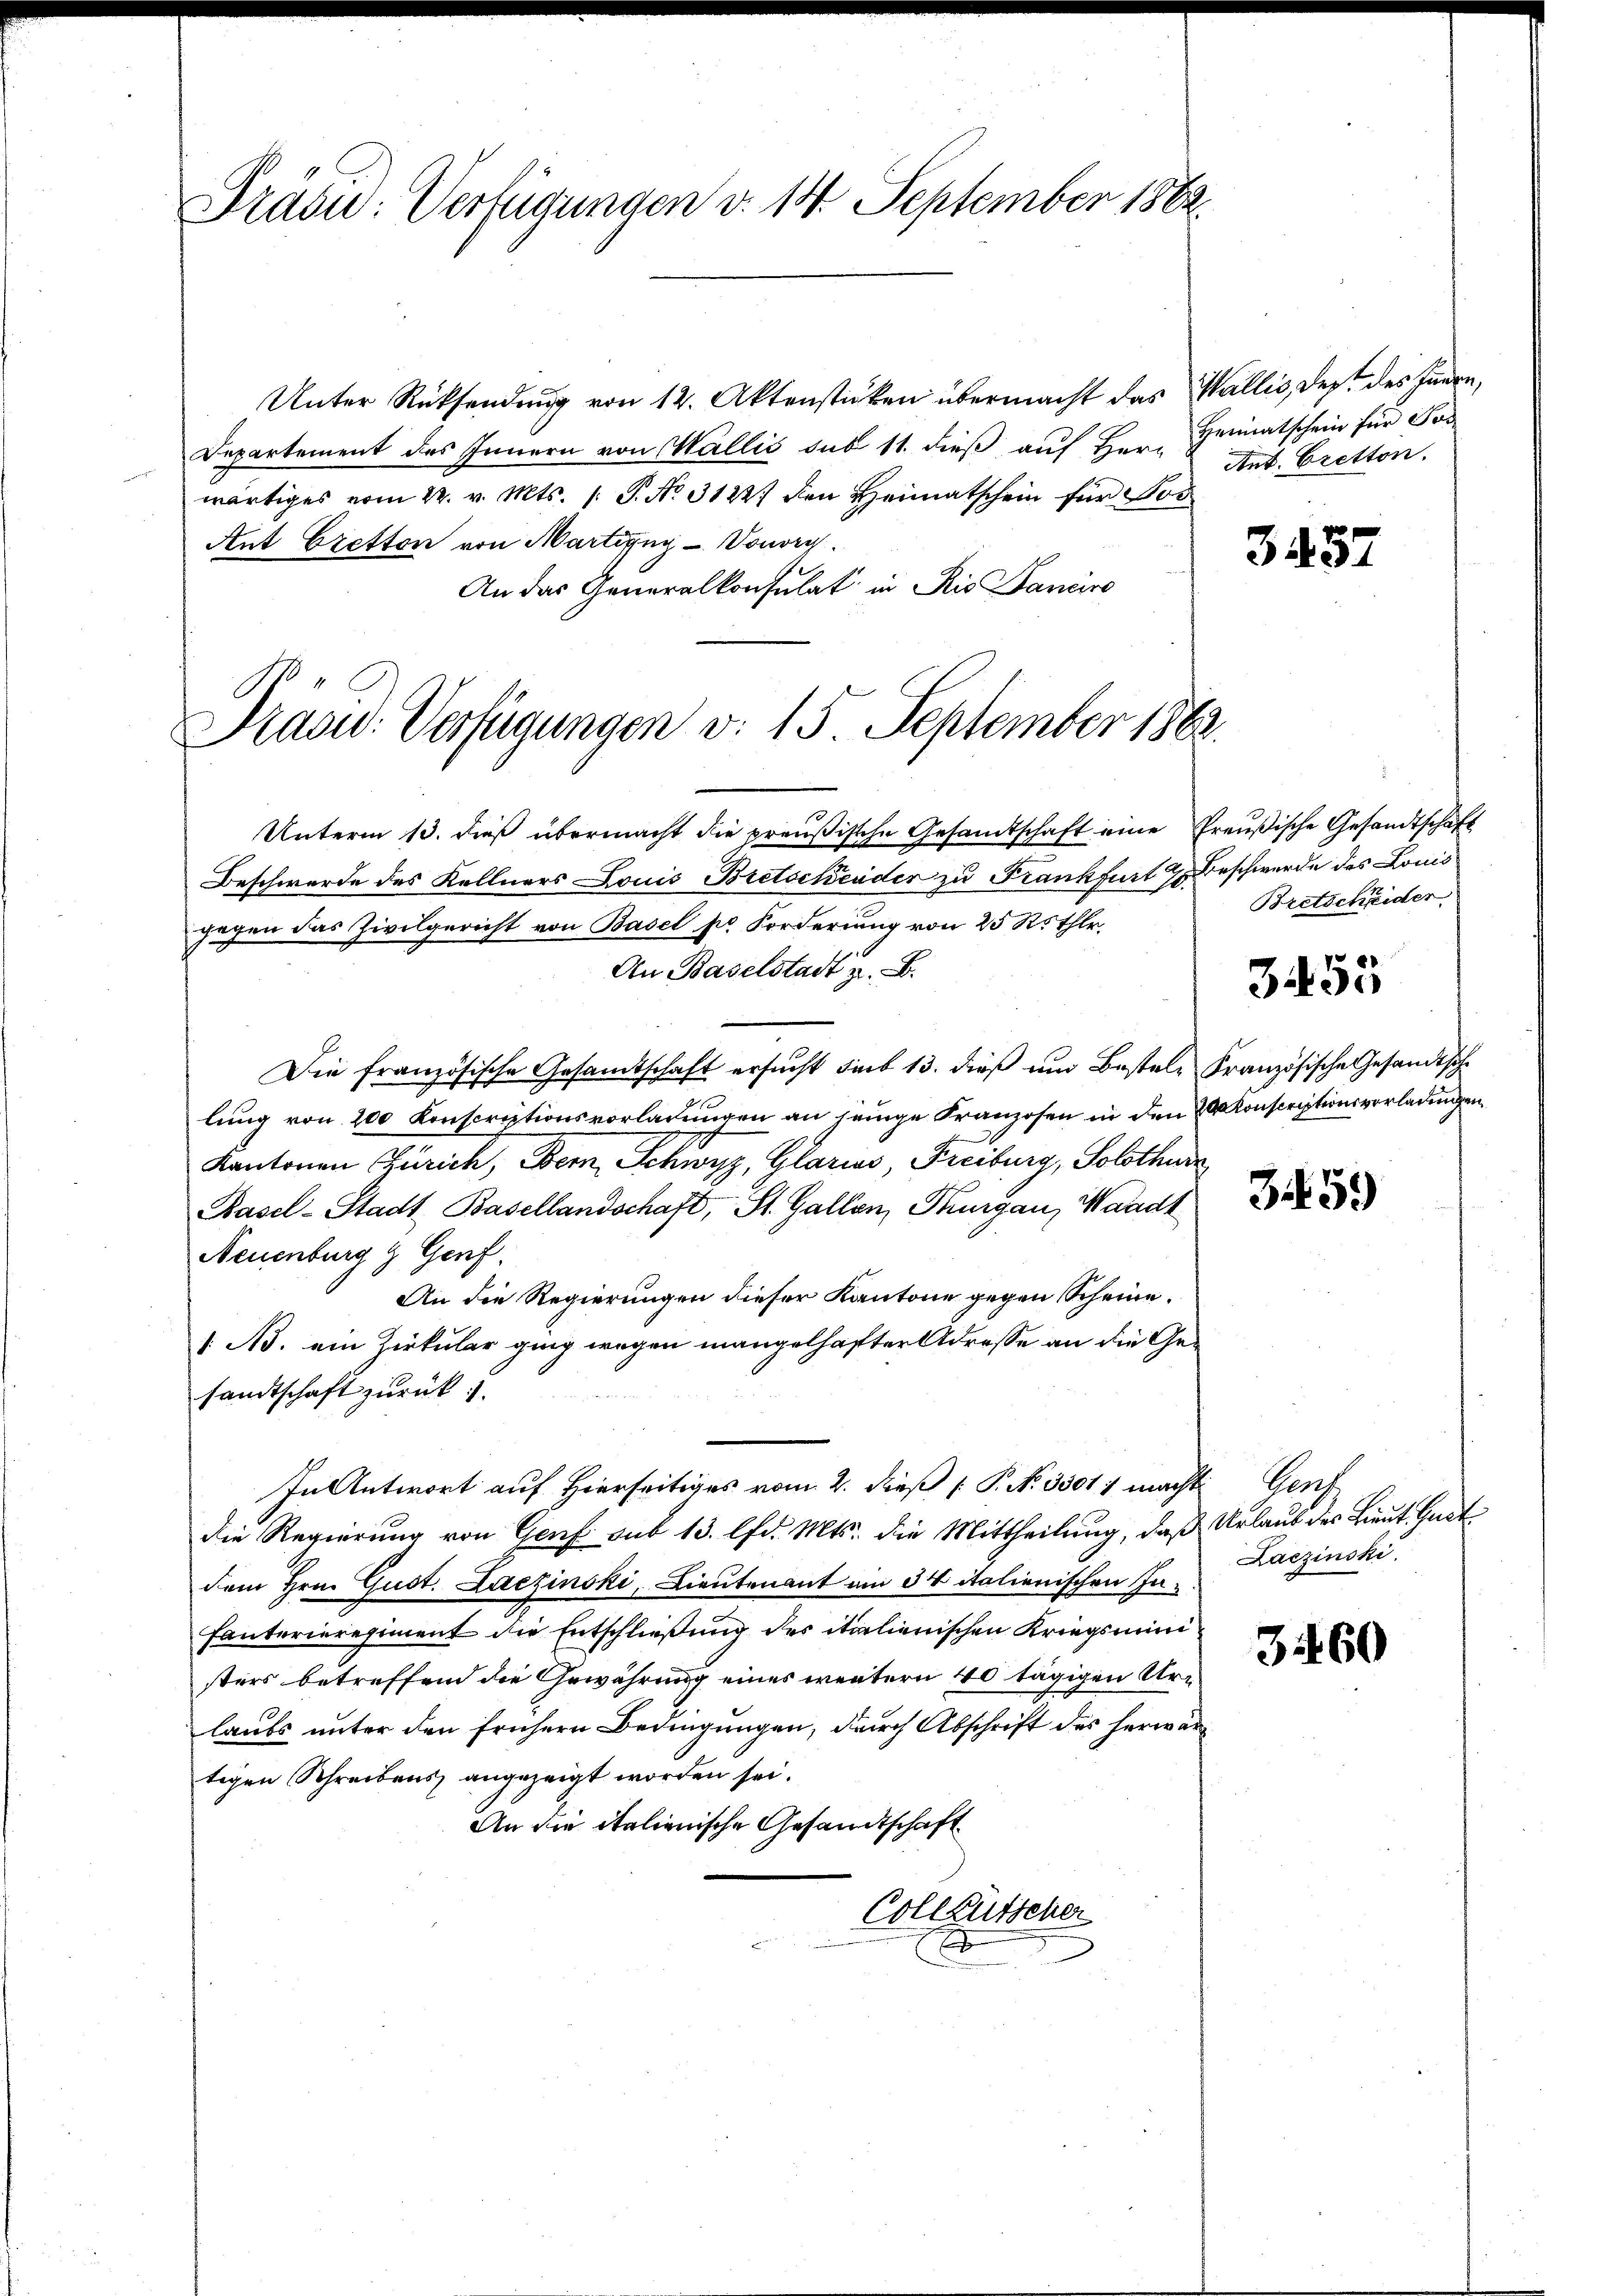
Präsu: Verfügungen d. 14. September 1882.

Unter Rücksendung von 12. Aktenstücken übermacht das Wallis, der des Innern,
Departement des Innern von Wallis sub 11. dieß auf Herr Heimatschein für Son
wärtiges vom 22. v. Mts. /: P. No. 3122. den Heimatschein für Pos
Ant Ezetton von Martieng - Vonorg
An das Generalkonsulat in Rio Bancire

Präsid. Verfügungen v. 15. September 1862.

Unterm 13. dieβ übermacht die preußische Gesandtschaft eine Preußische Gesandtschaft
Beschwerde des Kellners Louis Bretschender zu Frankfurt H. Beschwerde des Louis
gegen das Zivilgericht von Basel pr Forderung von 25 Röthlr.
An Baselstadt z. B.
Die französische Gesamtschaft ersŭcht sub 13. dieß um Bestel- Französische Gesandtsch
lung von 200 Konscriptionsvorladungen an jenige Franzosen in den 200 Konscriptionsverlangen
Kantonen Zürich, Dem Schwyz, Glarios, Freiburg, Solothur
Basel-Stadt Basellandschaft, St. Gallen, Thurgau, Waadt
Neuenburg & Genf.
An die Regierungen dieser Kantone gegen Scheine.
[Ns. ein Zirkular ging wegen mangelhafter Adresse an die Gesandtschaft zurück
In Antwort auf Hierseitiges vom 2. dieß P. No 33011 macht. Genf
die Regierung von Genf sub 13. lfd. Mts. die Mittheilung, daß Urlaub des Lieut. Gust
dem Hrn. Gust. Laczinski, Lieutenant am 34 italienischen In¬
Fanterieregiment die Entschließung des italienischen Kriegsministers betreffend die Gewährung eines weitern 40 tägigen Urlaubs unter den frühern Bedingungen, durch Abschrift des herwärtigen Schreibens angezeigt worden sei.
An die italienische Gesandtschaft
Collgütscher
x

Ant. Cretton.

3457

Bretscheider

3455

3451)

Laczinski

3460